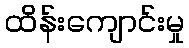
ထိန်းကျောင်းမှု